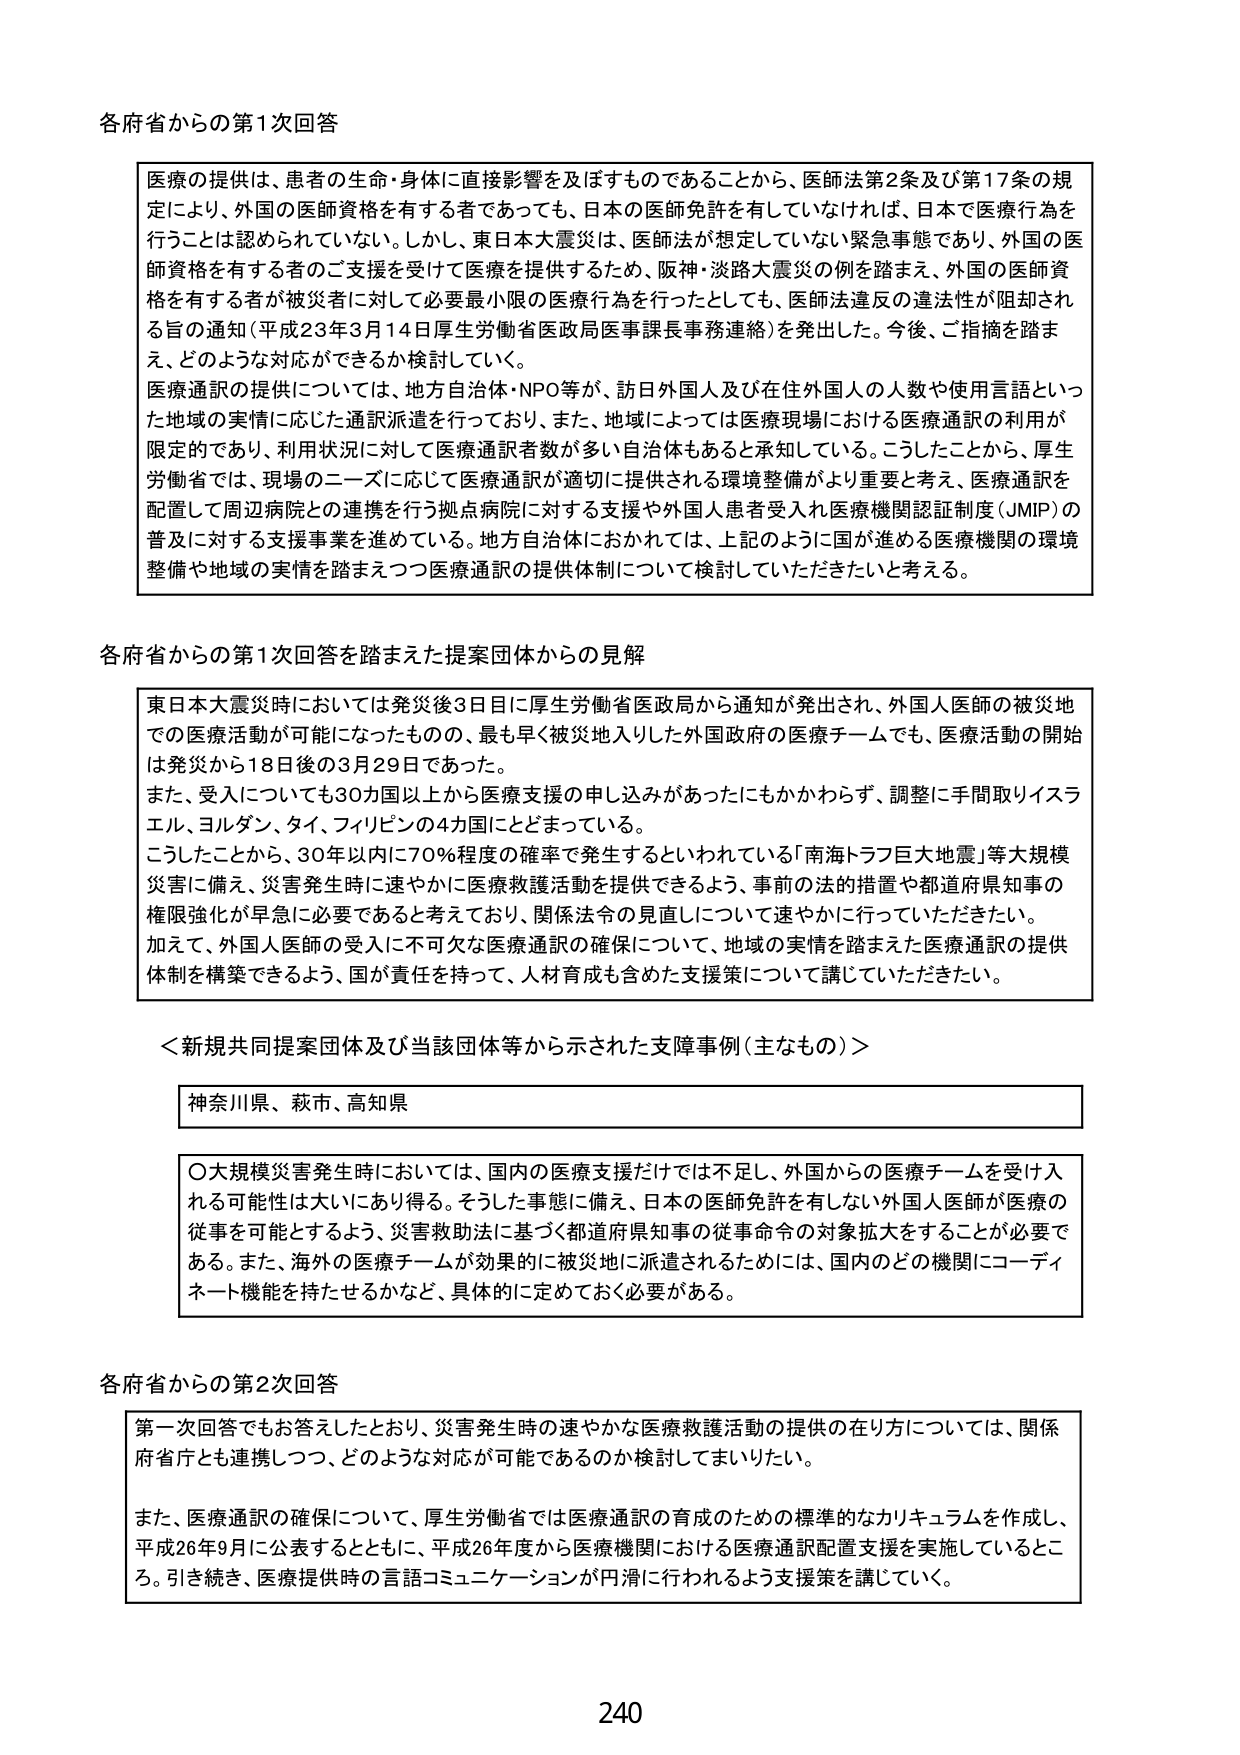
各府省からの第1次回答

医療の提供は、患者の生命・身体に直接影響を及ぼすものであることから、医師法第2条及び第17条の規定により、外国の医師資格を有する者であっても、日本の医師免許を有していなければ、日本で医療行為を行うことは認められていない。しかし、東日本大震災は、医師法が想定していない緊急事態であり、外国の医師資格を有する者のご支援を受けて医療を提供するため、阪神・淡路大震災の例を踏まえ、外国の医師資格を有する者が被災者に対して必要最小限の医療行為を行ったとしても、医師法違反の違法性が阻却される旨の通知（平成23年3月14日厚生労働省医政局医事課長事務連絡）を発出した。今後、ご指摘を踏まえ、どのような対応ができるか検討していく。

医療通訳の提供については、地方自治体・NPO等が、訪日外国人及び在住外国人の人数や使用言語といった地域の実情に応じた通訳派遣を行っており、また、地域によっては医療現場における医療通訳の利用が限定的であり、利用状況に対して医療通訳者数が多い自治体もあると承知している。こうしたことから、厚生労働省では、現場のニーズに応じて医療通訳が適切に提供される環境整備がより重要と考え、医療通訳を配置して周辺病院との連携を行う拠点病院に対する支援や外国人患者受入れ医療機関認証制度（JMP）の普及に対する支援事業を進めている。地方自治体におかれては、上記のように国が進める医療機関の環境整備や地域の実情を踏まえつつ医療通訳の提供体制について検討していただきたいと考える。

各府省からの第1次回答を踏まえた提案団体からの見解

東日本大震災時においては発災後3日に厚生労働省医政局から通知が発出され、外国人医師の被災地での医療活動が可能になったものの、最も早く被災地入りした外国政府の医療チームでも、医療活動の開始は発災から18日後の3月29日であった。

また、受入についても30カ国以上から医療支援の申し込みがあったにもかかわらず、調整に手間取りイスラエル、ヨルダン、タイ、フィリピンの4カ国にとどまっている。

こうしたことから、30年以内に70％程度の確率で発生するといわれている「南海トラフ巨大地震」等大規模災害に備え、災害発生時に速やかに医療救護活動を提供できるよう、事前の法的措置や都道府県知事の権限強化が早急に必要であると考えており、関係法令の見直しについて速やかに行っていただきたい。

加えて、外国人医師の受入に不可欠な医療通訳の確保について、地域の実情を踏まえた医療通訳の提供体制を構築できるよう、国が責任を持って、人材育成も含めた支援策について講じていただきたい。

＜新規共同提案団体及び当該団体等から示された支障事例（主なもの）＞

神奈川県、萩市、高知県

〇大規模災害発生時においては、国内の医療支援だけでは不足し、外国からの医療チームを受け入れる可能性は大いにあり得る。そうした事態に備え、日本の医師免許を有しない外国人医師が医療の従事を可能とするよう、災害救助法に基づく都道府県知事の従事命令の対象拡大をすることが必要である。また、海外の医療チームが効果的に被災地に派遣されるためには、国内のどの機関にコーディネート機能を持たせるかなど、具体的に定めておく必要がある。

各府省からの第2次回答

第一次回答でもお答えしたとおり、災害発生時の速やかな医療救護活動の提供の在り方については、関係府省庁とも連携しつつ、どのような対応が可能であるのか検討してまいりたい。

また、医療通訳の確保について、厚生労働省では医療通訳の育成のための標準的なカリキュラムを作成し、平成26年9月に公表するとともに、平成26年度から医療機関における医療通訳配置支援を実施しているところ。引き続き、医療提供時の言語コミュニケーションが円滑に行われるよう支援策を講じていく。

240